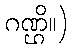
ဂဏ္ဌိ။)